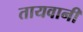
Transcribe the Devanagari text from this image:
तायवानी